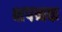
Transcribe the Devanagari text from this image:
क्षपनक